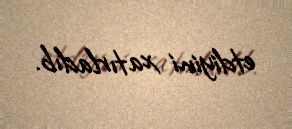
etdiyini xatırladıb.